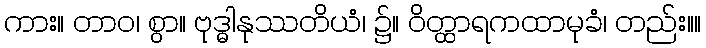
ကား။ တာဝ၊ စွာ။ ဗုဒ္ဓါနုဿတိယံ၊ ၌။ ဝိတ္ထာရကထာမုခံ၊ တည်း။။